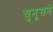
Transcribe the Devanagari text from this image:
युनूसने